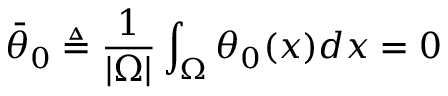
\bar { \theta } _ { 0 } \triangleq \frac { 1 } { | \Omega | } \int _ { \Omega } \theta _ { 0 } ( x ) d x = 0